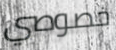
خصوصي